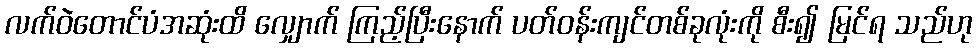
လက်ဝဲတောင်ပံအဆုံးထိ လျှောက် ကြည့်ပြီးနောက် ပတ်ဝန်းကျင်တစ်ခုလုံးကို စီး၍ မြင်ရ သည်ဟု